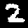
Label: 2